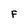
Character: F